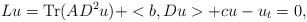
\begin{align*}Lu = \operatorname{Tr}(A D^2 u) + <b,Du> + cu - u_t = 0,\end{align*}